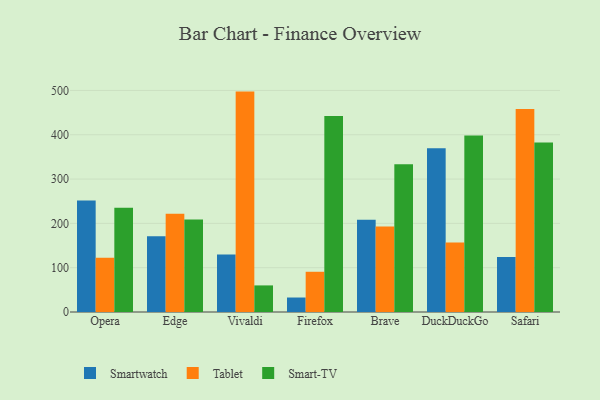
{"axis": {"x": "Browser", "y": "Humidity (%)"}, "legend": ["Smart-TV", "Smartwatch", "Tablet"], "data": [{"x": "Opera", "y": 251.6, "type": "Smartwatch"}, {"x": "Opera", "y": 122.2, "type": "Tablet"}, {"x": "Opera", "y": 235.2, "type": "Smart-TV"}, {"x": "Edge", "y": 170.9, "type": "Smartwatch"}, {"x": "Edge", "y": 222.0, "type": "Tablet"}, {"x": "Edge", "y": 208.5, "type": "Smart-TV"}, {"x": "Vivaldi", "y": 130.0, "type": "Smartwatch"}, {"x": "Vivaldi", "y": 497.4, "type": "Tablet"}, {"x": "Vivaldi", "y": 60.0, "type": "Smart-TV"}, {"x": "Firefox", "y": 32.7, "type": "Smartwatch"}, {"x": "Firefox", "y": 90.8, "type": "Tablet"}, {"x": "Firefox", "y": 442.3, "type": "Smart-TV"}, {"x": "Brave", "y": 208.4, "type": "Smartwatch"}, {"x": "Brave", "y": 192.7, "type": "Tablet"}, {"x": "Brave", "y": 333.6, "type": "Smart-TV"}, {"x": "DuckDuckGo", "y": 369.3, "type": "Smartwatch"}, {"x": "DuckDuckGo", "y": 156.7, "type": "Tablet"}, {"x": "DuckDuckGo", "y": 398.6, "type": "Smart-TV"}, {"x": "Safari", "y": 124.3, "type": "Smartwatch"}, {"x": "Safari", "y": 458.4, "type": "Tablet"}, {"x": "Safari", "y": 382.4, "type": "Smart-TV"}]}